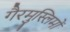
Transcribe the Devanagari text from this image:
गैरमुस्लिमों